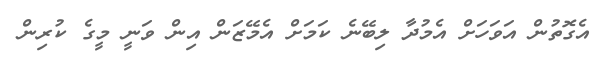
އެގޮތުން އަވަހަށް އެމުދާ ލިބޭނެ ކަމަށް އެމޭޒަން އިން ވަނީ މީގެ ކުރިން